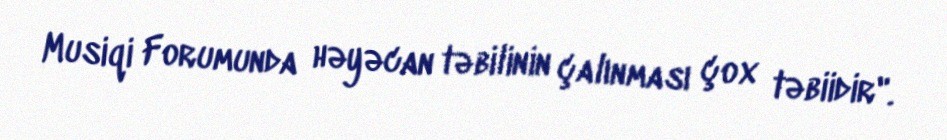
Musiqi Forumunda həyəcan təbilinin çalınması çox təbiidir".